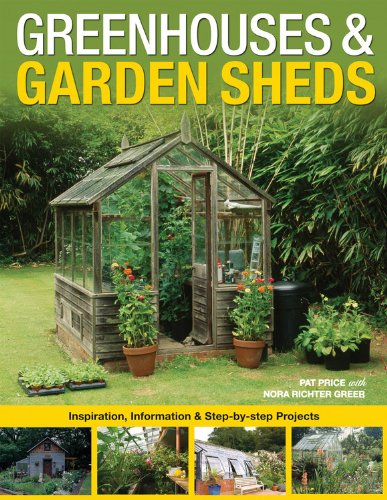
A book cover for Greenhouses & Garden Sheds: Inspiration, Information & Step-by-Step Projects; Pat Price; Crafts, Hobbies & Home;